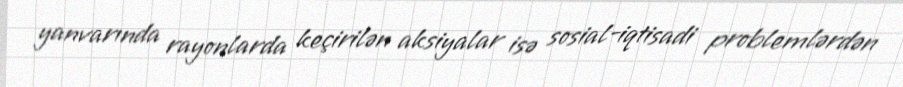
yanvarında rayonlarda keçirilən aksiyalar isə sosial-iqtisadi problemlərdən